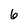
Character: 6